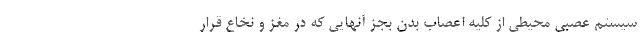
سیستم عصبی محیطی از کلیه اعصاب بدن بجز آنهایی که در مغز و نخاع قرار